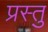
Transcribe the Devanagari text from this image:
प्रस्तु